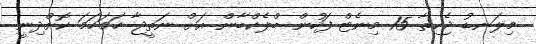
މިލަނޑު ޖެހިތާ 15 މިނެޓް ފަހުން ބްލެކްބާން އަށް ނަތީޖާ ހަމަހަމަ ކޮށްދިނީ